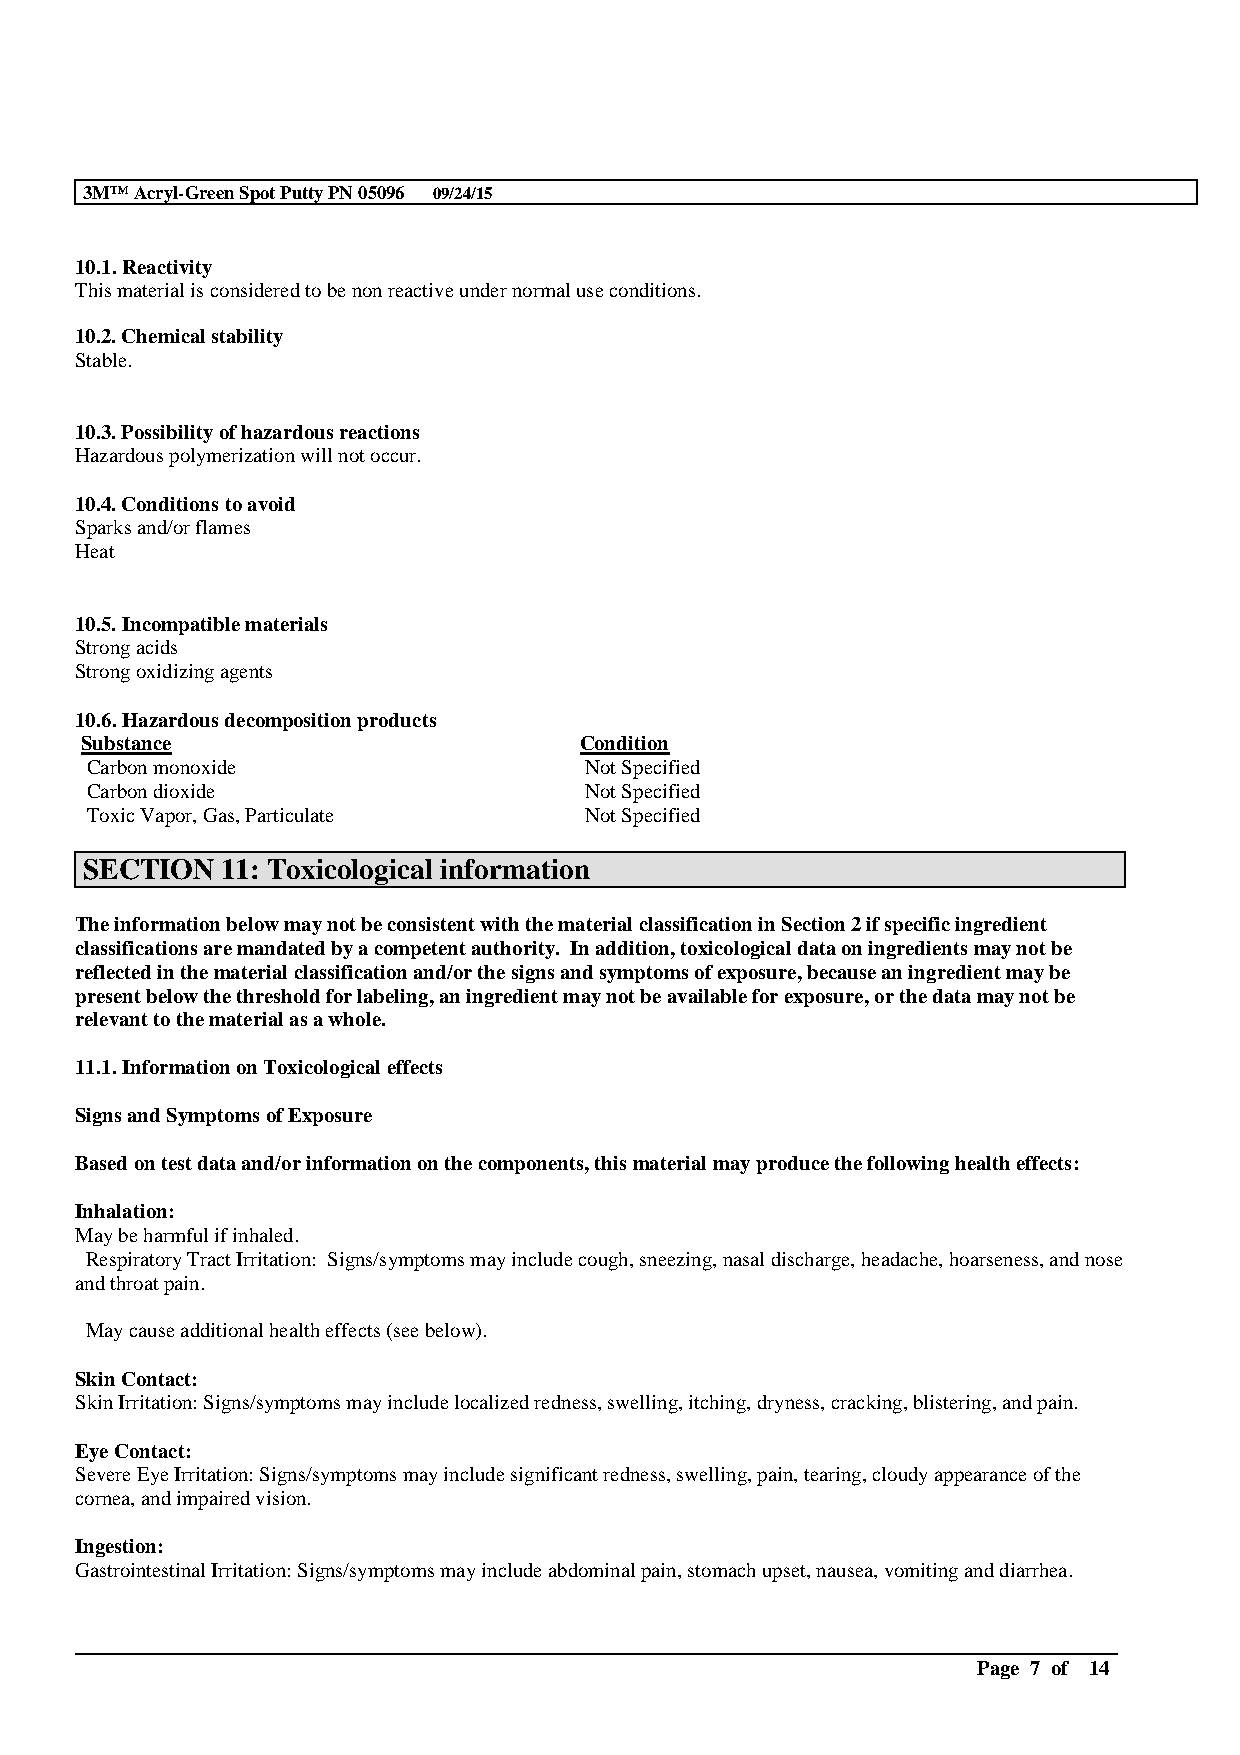
3M™Acryl-Green Spot Putty PN 05096 09/24/15
 10.1. Reactivity
 This material is considered to be non reactive under normal use conditions.
 10.2. Chemical stability
 Stable.
 10.3. Possibility of hazardous reactions
 Hazardous polymerization will not occur.
 10.4. Conditions to avoid
 Sparks and/or flames
 Heat
 10.5. Incompatible materials
 Strong acids
 Strong oxidizing agents
 10.6. Hazardous decomposition products
 Substance                        Condition
 Carbon monoxide                  Not Specified
 Carbon dioxide                   Not Specified
 Toxic Vapor, Gas, Particulate    Not Specified
 SECTION   11: Toxicological information
 The information below may not be consistent with the material classification in Section 2 if specific ingredient
 classifications are mandated by a competent authority. In addition, toxicological data on ingredients may not be
 reflected in the material classification and/or the signs and symptoms of exposure, because an ingredient may be
 present below the threshold for labeling, an ingredient may not be available for exposure, or the data may not be
 relevant to the material as a whole.
 11.1. Information onToxicological effects
 Signs and Symptoms of Exposure
 Based on test data and/or information on the components, this material may produce the following health effects:
 Inhalation:
 Maybe harmful if inhaled.
 Respiratory Tract Irritation: Signs/symptomsmay include cough, sneezing, nasal discharge, headache, hoarseness, and nose
 and throat pain.
 May cause additional health effects (see below).
 Skin Contact:
 Skin Irritation: Signs/symptoms may include localized redness, swelling, itching, dryness, cracking, blistering, and pain.
 Eye Contact:
 Severe Eye Irritation: Signs/symptoms may include significant redness, swelling, pain, tearing, cloudy appearance of the
 cornea, and impaired vision.
 Ingestion:
 Gastrointestinal Irritation: Signs/symptoms may include abdominal pain, stomach upset, nausea, vomiting and diarrhea.
 __________________________________________________________________________________________
 Page 7 of 14